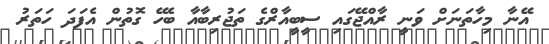
އޭނާ މިހާތަނަށް ވަނީ ރާއްޖޭގައި ސީބީއާރްގެ ތަޖުރިބާއާ ބެހޭ ގޮތުން އެފަދަ ހަތަރު